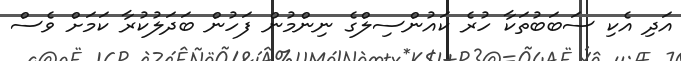
އަދި އެކި ސަބަބުތަކާ ހުރެ ކައުންސިލްގެ ނިންމުން ފަހުން ބަދަލުކުރާ ކަމަށް ވެސް